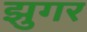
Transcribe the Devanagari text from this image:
झुगर